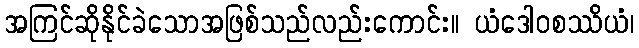
အကြင်ဆိုနိုင်ခဲသောအဖြစ်သည်လည်းကောင်း။ ယံဒေါဝစဿိယံ၊